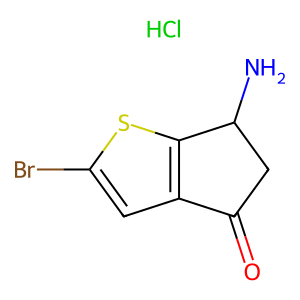
SMILES: Cl.NC1CC(=O)c2cc(Br)sc21
Inhibits HIV replication: No